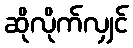
ဆိုလိုက်လျှင်